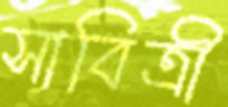
সাবিত্রী